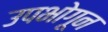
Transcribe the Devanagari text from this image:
उपभोगून